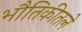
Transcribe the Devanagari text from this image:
भौतिकीतले